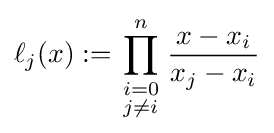
\ell _{j}(x):=\prod _{\begin{smallmatrix}i=0\\j\neq i\end{smallmatrix}}^{n}{\frac {x-x_{i}}{x_{j}-x_{i}}}